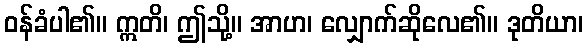
ဝန်ခံပါ၏။ ဣတိ၊ ဤသို့။ အာဟ၊ လျှောက်ဆိုလေ၏။ ဒုတိယာ၊